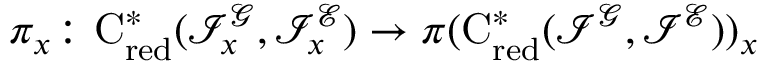
\pi _ { x } \colon \ensuremath { \ensuremath { \mathrm { C } ^ { * } } _ { \mathrm { r e d } } } ( \mathcal { I } _ { x } ^ { \ensuremath { \mathcal { G } } } , \mathcal { I } _ { x } ^ { \ensuremath { \mathcal { E } } } ) \to \pi ( \ensuremath { \ensuremath { \mathrm { C } ^ { * } } _ { \mathrm { r e d } } } ( \mathcal { I } ^ { \ensuremath { \mathcal { G } } } , \mathcal { I } ^ { \ensuremath { \mathcal { E } } } ) ) _ { x }